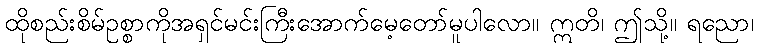
ထိုစည်းစိမ်ဥစ္စာကိုအရှင်မင်းကြီးအောက်မေ့တော်မူပါလော။ ဣတိ၊ ဤသို့။ ရညော၊